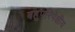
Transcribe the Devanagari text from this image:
बहुपरिपेक्षीय